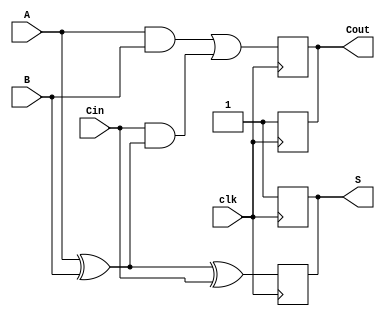
module DynamicFullAdder (
    input wire A,        // First binary input
    input wire B,        // Second binary input
    input wire Cin,      // Carry-in input
    input wire clk,      // Clock signal
    output reg S,        // Sum output
    output reg Cout      // Carry-out output
);

    // Internal signals for the evaluation phase
    wire sum_temp;
    wire carry_temp;

    // Precharge phase (when clk is low)
    always @(negedge clk) begin
        S <= 1'b1;     // Precharge sum to 1 (logic high)
        Cout <= 1'b1;  // Precharge carry-out to 1 (logic high)
    end

    // Evaluation phase (when clk is high)
    always @(posedge clk) begin
        // Compute the sum and carry-out
        S <= A ^ B ^ Cin; // S = A XOR B XOR Cin
        Cout <= (A & B) | (Cin & (A ^ B)); // Cout = (A AND B) OR (Cin AND (A XOR B))
    end

endmodule